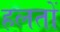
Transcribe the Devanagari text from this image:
हलतों